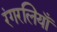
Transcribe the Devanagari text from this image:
रंगरलियाँ